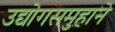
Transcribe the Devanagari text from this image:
उद्योगसमुहाने